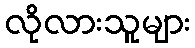
လိုလားသူများ